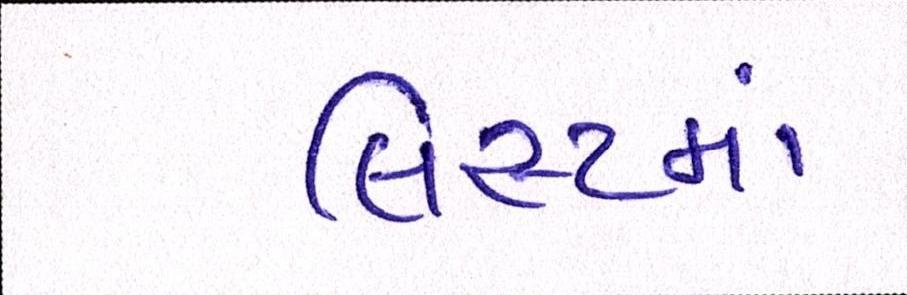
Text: લિસ્ટમાં